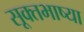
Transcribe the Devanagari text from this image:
सूक्तभाष्या